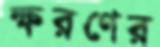
ক্ষরণের